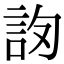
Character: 𧦛